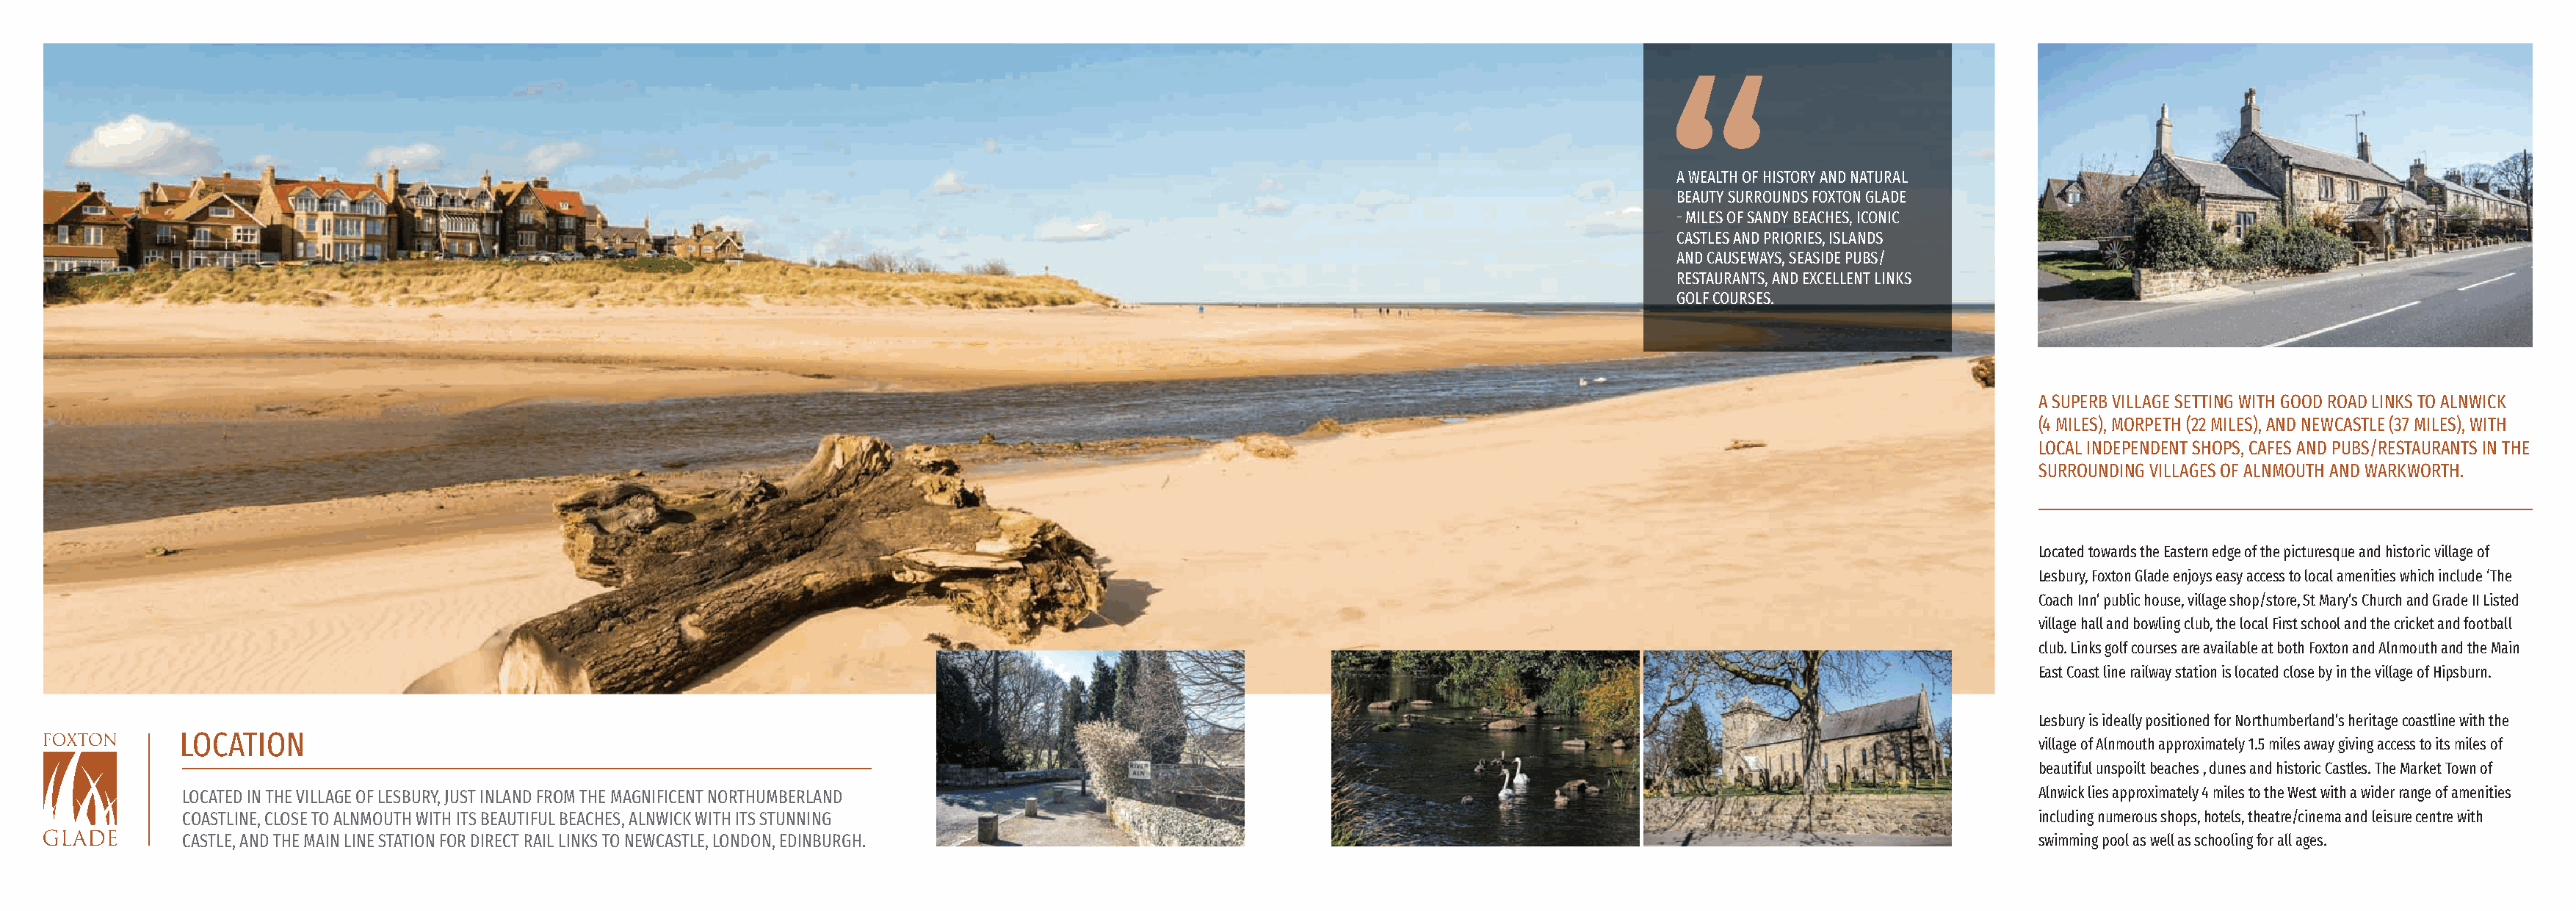
A WEALTH OF HISTORY AND NATURAL
 BEAUTY SURROUNDS FOXTON GLADE
 - MILES OF SANDY BEACHES, ICONIC
 CASTLES AND PRIORIES, ISLANDS
 AND CAUSEWAYS, SEASIDE PUBS/
 RESTAURANTS, AND EXCELLENT LINKS
 GOLF COURSES.
 A SUPERB VILLAGE SETTING WITH GOOD ROAD LINKS TO ALNWICK
 (4 MILES), MORPETH (22 MILES), AND NEWCASTLE (37 MILES), WITH
 LOCAL INDEPENDENT SHOPS, CAFES AND PUBS/RESTAURANTS IN THE
 SURROUNDING VILLAGES OF ALNMOUTH AND WARKWORTH.
 Located towards the Eastern edge of the picturesque and historic village of
 Lesbury, Foxton Glade enjoys easy access to local amenities which include ‘The
 Coach Inn’ public house, village shop/store, St Mary’s Church and Grade II Listed
 village hall and bowling club, the local First school and the cricket and football
 club. Links golf courses are available at both Foxton and Alnmouth and the Main
 East Coast line railway station is located close by in the village of Hipsburn.
 Lesbury is ideally positioned for Northumberland’s heritage coastline with the
 LOCATION
 village of Alnmouth approximately 1.5 miles away giving access to its miles of
 beautiful unspoilt beaches , dunes and historic Castles. The Market Town of
 LOCATED IN THE VILLAGE OF LESBURY, JUST INLAND FROM THE MAGNIFICENT NORTHUMBERLAND                                                                                      Alnwick lies approximately 4 miles to the West with a wider range of amenities
 COASTLINE, CLOSE TO ALNMOUTH WITH ITS BEAUTIFUL BEACHES, ALNWICK WITH ITS STUNNING                                                                                      including numerous shops, hotels, theatre/cinema and leisure centre with
 CASTLE, AND THE MAIN LINE STATION FOR DIRECT RAIL LINKS TO NEWCASTLE, LONDON, EDINBURGH.                                                                                swimming pool as well as schooling for all ages.